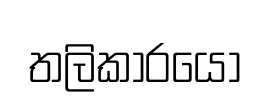
තලිකාරයෝ